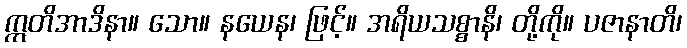
ဣတိအာဒိနာ။ သော။ နယေန၊ ဖြင့်။ အရိယသစ္စာနိ၊ တို့ကို။ ပဇာနာတိ၊